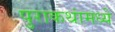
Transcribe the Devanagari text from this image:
पुराकथांमध्ये